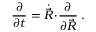
\frac { \partial } { \partial t } = \dot { \vec { R } } \! \cdot \! \frac { \partial } { \partial \vec { R } } \: .